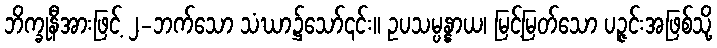
ဘိက္ခုနီအားဖြင့် ၂-ဘက်သော သံဃာ၌သော်၎င်း။ ဥပသမ္ပန္နာယ၊ မြင့်မြတ်သော ပဉ္ဇင်းအဖြစ်သို့